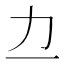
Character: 𫦤